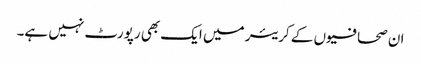
ان صحافیوں کے کریئر میں ایک بھی رپورٹ نہیں ہے۔